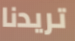
تريدنا